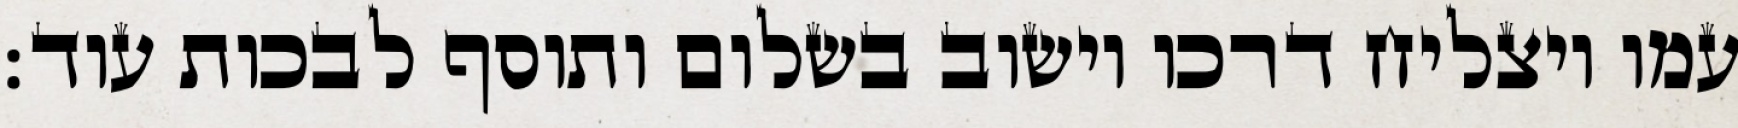
עמו ויצליח דרכו וישוב בשלום ותוסף לבכות עוד: